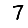
Digit: 7